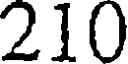
210